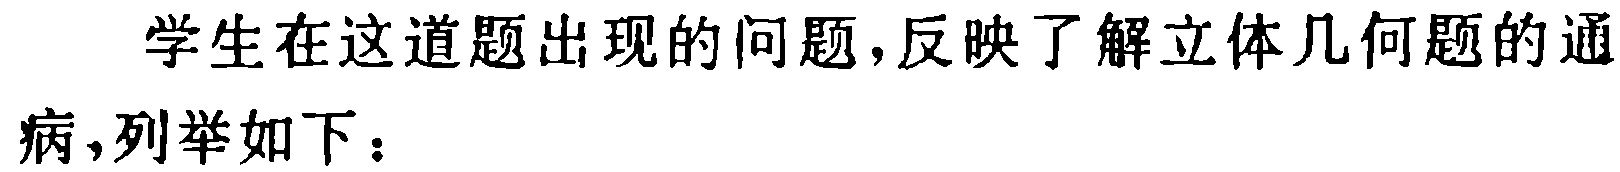
学生在这道题出现的问题,反映了解立体几何题的通病,列举如下：